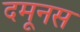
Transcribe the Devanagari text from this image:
दमूनस